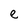
Character: e